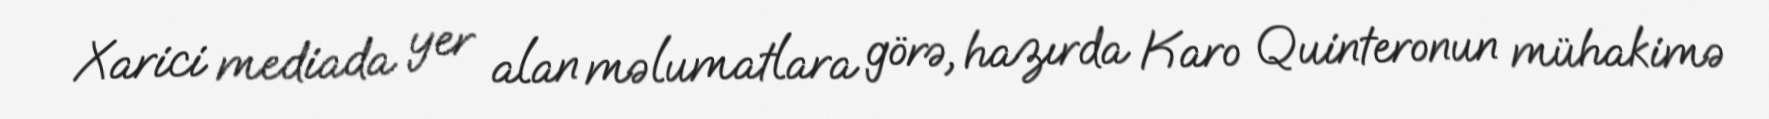
Xarici mediada yer alan məlumatlara görə, hazırda Karo Quinteronun mühakimə